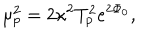
LaTeX: \mu _ { p } ^ { 2 } = 2 \kappa ^ { 2 } T _ { p } ^ { 2 } e ^ { 2 \Phi _ { 0 } } ,